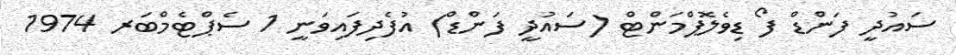
ސައުދީ ފަންޑް ފޯ ޑިވެލޮޕްމަންޓް (ސައުދީ ފަންޑް) އުފެދިފައިވަނީ 1 ސެޕްޓެމްބަރ 1974